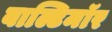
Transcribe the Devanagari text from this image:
बाल्टिमॉर